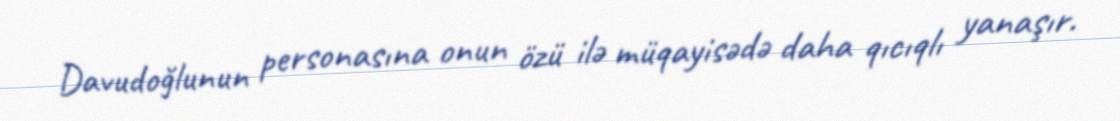
Davudoğlunun personasına onun özü ilə müqayisədə daha qıcıqlı yanaşır.